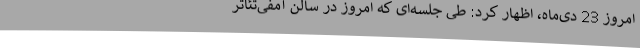
امروز 23 دی‌ماه، اظهار کرد: طی جلسه‌ای که امروز در سالن آمفی‌تئاتر